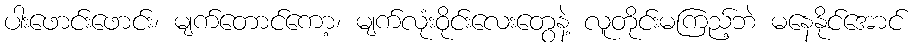
ပါးဖောင်းဖောင်း၊ မျက်တောင်ကော့၊ မျက်လုံးဝိုင်းလေးတွေနဲ့ လူတိုင်းမကြည့်ဘဲ မနေနိုင်အောင်